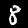
Digit: 8